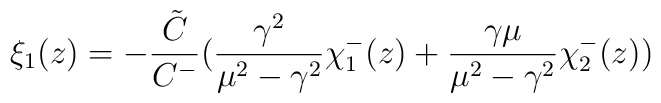
\xi_1 (z)=-\frac{\tilde{C}}{C^- } (\frac{\gamma^2}{\mu^2 -\gamma^2}\chi_1^- (z)+\frac{\gamma \mu}{\mu^2 -\gamma^2}\chi_2^- (z))